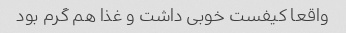
واقعا کیفست خوبی داشت و غذا هم گرم بود